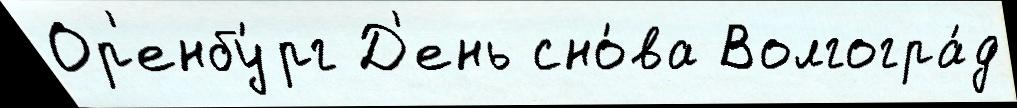
Ор'енбу́рг Д'ень сно́ва Волгогра́д